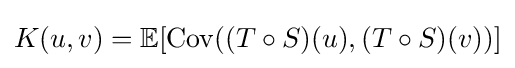
K(u,v)=\mathbb {E} [{\text{Cov}}((T\circ S)(u),(T\circ S)(v))]